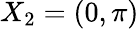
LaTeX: X_{2}=(0,\pi)